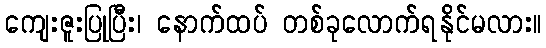
ကျေးဇူးပြုပြီး၊ နောက်ထပ် တစ်ခုလောက်ရနိုင်မလား။